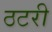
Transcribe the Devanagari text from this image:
ठटरी